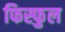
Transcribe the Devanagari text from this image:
फिस्फुल